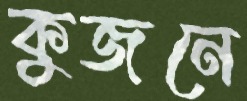
কুজনে